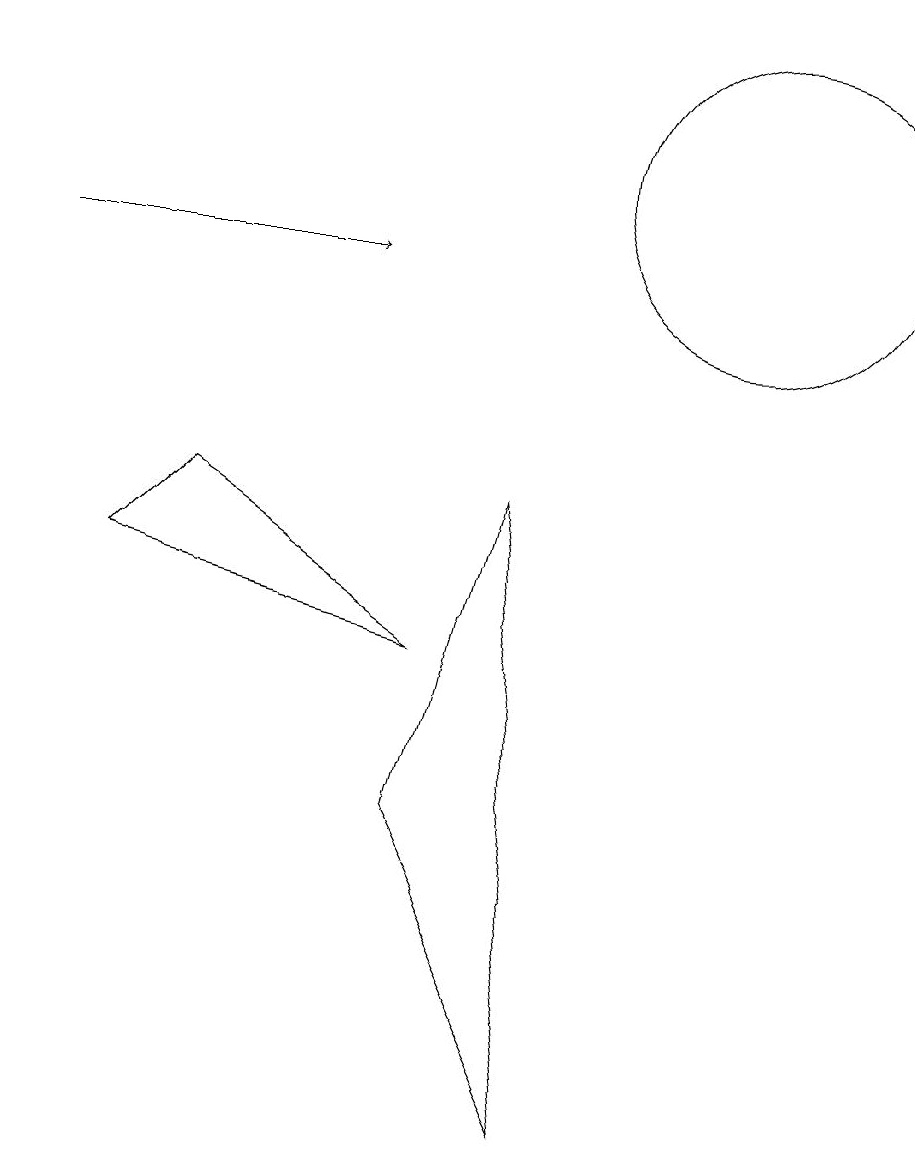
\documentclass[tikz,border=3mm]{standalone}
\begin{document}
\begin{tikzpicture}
\draw (11,12) circle (2);
\draw[->] (2,11) -- (6,11);
\draw (9,0) -- (7,4) -- (8,8) -- cycle;
\draw (3,7) -- (4,8) -- (7,6) -- cycle;
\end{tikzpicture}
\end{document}